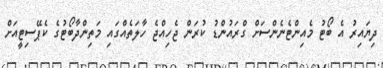
ދިޔައިރު އެ ބޯޓު މެއިންޓެނެންސަށް ގްރައުންޑު ކުރަން ޖެހިއްޖެ ހާލަތެއްގައި މަތިންދާބޯޓުގެ ކެޕޭސިޓީއަށް